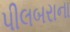
પીલબરાના